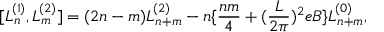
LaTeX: [ L _ { n } ^ { ( 1 ) } , L _ { m } ^ { ( 2 ) } ] = ( 2 n - m ) L _ { n + m } ^ { ( 2 ) } - n \{ \frac { n m } { 4 } + ( \frac { L } { 2 \pi } ) ^ { 2 } e B \} L _ { n + m } ^ { ( 0 ) } ,